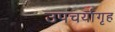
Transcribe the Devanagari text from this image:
उपचर्यागृह